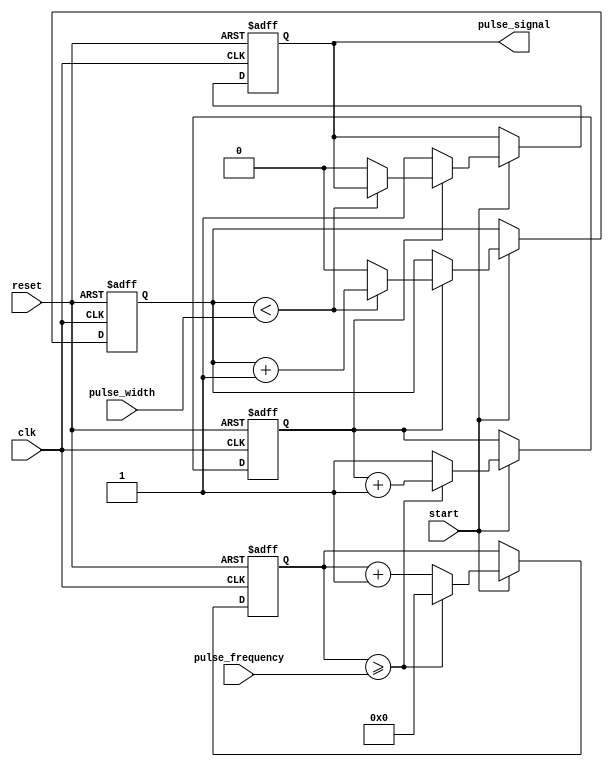
module ProgrammablePulseGenerator (
    input wire clk,
    input wire reset,
    input wire start,
    input wire [7:0] pulse_width,
    input wire [15:0] pulse_frequency,
    output reg pulse_signal
);

reg [15:0] counter;
reg pulse_count;
reg pulse_width_count;

always @(posedge clk or posedge reset) begin
    if (reset) begin
        counter <= 16'd0;
        pulse_count <= 1'b0;
        pulse_width_count <= 8'd0;
        pulse_signal <= 1'b0;
    end else begin
        if (start) begin
            pulse_count <= 1'b1;
            counter <= counter + 1;
            if (counter >= pulse_frequency) begin
                counter <= 16'd0;
                pulse_count <= pulse_count + 1;
            end
            if (pulse_count == 1) begin
                if (pulse_width_count < pulse_width) begin
                    pulse_width_count <= pulse_width_count + 1;
                end else begin
                    pulse_width_count <= 8'd0;
                    pulse_signal <= 1'b0;
                end
            end else begin
                pulse_signal <= 1'b1;
            end
        end
    end
end

endmodule